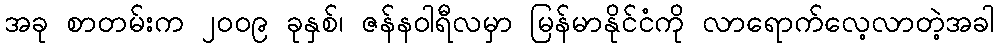
အခု စာတမ်းက ၂၀၀၉ ခုနှစ်၊ ဇန်နဝါရီလမှာ မြန်မာနိုင်ငံကို လာရောက်လေ့လာတဲ့အခါ